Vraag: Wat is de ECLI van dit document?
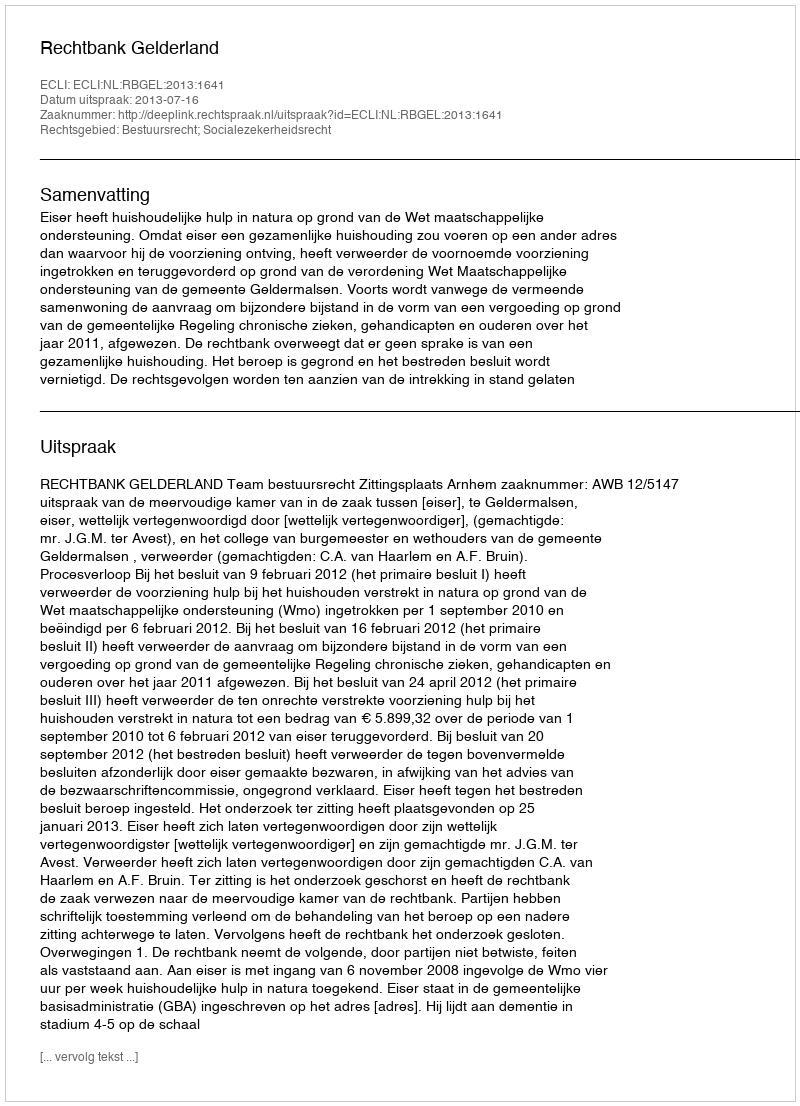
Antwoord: ECLI:NL:RBGEL:2013:1641